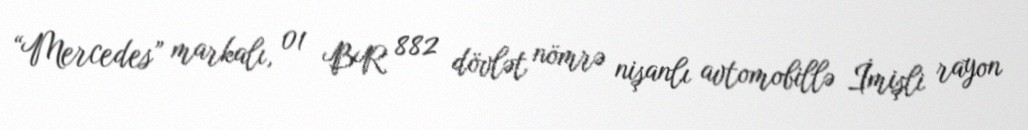
“Mercedes” markalı, 01 BR 882 dövlət nömrə nişanlı avtomobillə İmişli rayon